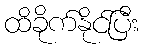
ထိခိုက်နိုင်ပြီး